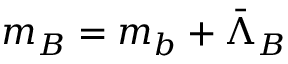
m _ { B } = m _ { b } + \bar { \Lambda } _ { B }